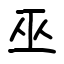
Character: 巫